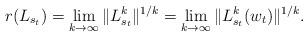
LaTeX: \begin{align*}r(L_{s_t}) = \lim_{k \rightarrow \infty} \|L_{s_t}^k\|^{1/k} = \lim_{k \rightarrow \infty} \|L_{s_t}^k(w_t)\|^{1/k} .\end{align*}